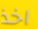
اخذ